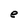
Character: e